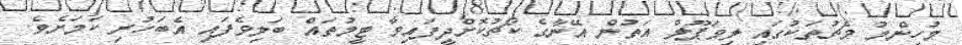
މުހިންމު މެޗުތަކުގައި ލިވަޕޫލް އަތުން އޭނާގެ ކޯޗުކޮށްދީފައިވާ ޓީމުތައް ބަލިވެފައި އެބަހުރި ކަމަށެވެ.